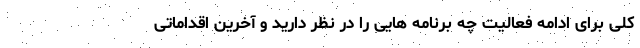
کلی برای ادامه فعالیت چه برنامه هایی را در نظر دارید و آخرین اقداماتی